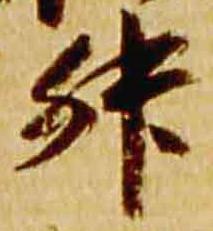
升